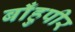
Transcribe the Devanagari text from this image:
बाँहुपीर